Vaccination in Bombay 1856-1862 - 1856-1862
Year: 1856
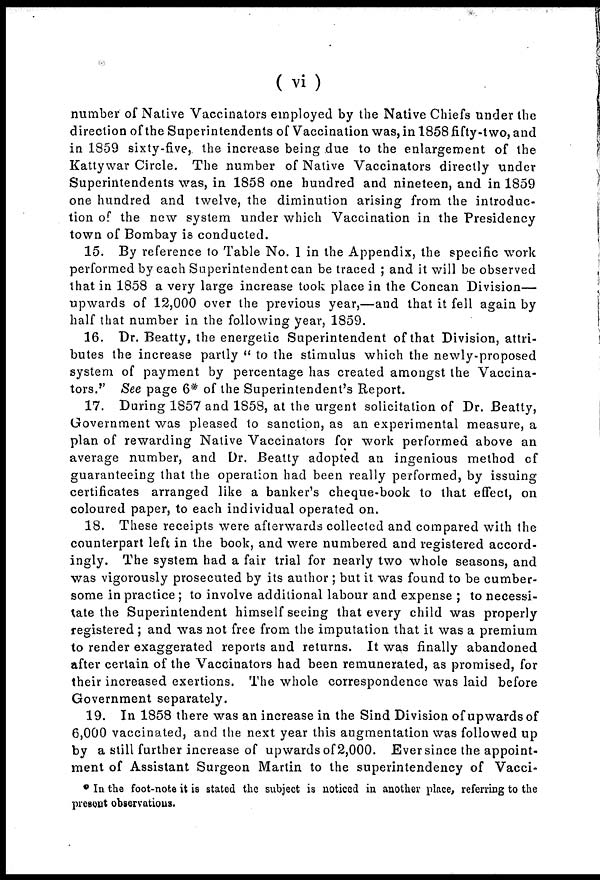
( vi)
number of Native Vaccinators employed by the Native Chiefs under the
direction of the Superintendents of Vaccination was, in 1858 fifty-two, and
in 1859 sixty-five, the increase being due to the enlargement of the
Kattywar Circle. The number of Native Vaccinators directly under
Superintendents was, in 1858 one hundred and nineteen, and in 1859
one hundred and twelve, the diminution arising from the introduc-
tion of the new system under which Vaccination in the Presidency
town of Bombay is conducted.
15. By reference to Table No. 1 in the Appendix, the specific work
performed by each Superintendent can be traced ; and it will be observed
that in 1858 a very large increase took place in the Concan Division—
upwards of 12,000 over the previous year,—and that it fell again by
half that number in the following year, 1859.
16. Dr. Beatty, the energetic Superintendent of that Division, attri-
butes the increase partly " to the stimulus which the newly-proposed
system of payment by percentage has created amongst the Vaccina-
tors.'' See page 6* of the Superintendent's Report.
17. During 1857 and 1858, at the urgent solicitation of Dr. Beatty,
Government was pleased to sanction, as an experimental measure, a
plan of rewarding Native Vaccinators for work performed above an
average number, and Dr. Beatty adopted an ingenious method of
guaranteeing that the operation had been really performed, by issuing
certificates arranged like a banker's cheque-book to that effect, on
coloured paper, to each individual operated on.
18. These receipts were afterwards collected and compared with the
counterpart left in the book, and were numbered and registered accord-
ingly. The system had a fair trial for nearly two whole seasons, and
was vigorously prosecuted by its author ; but it was found to be cumber-
some in practice ; to involve additional labour and expense ; to necessi-
tate the Superintendent himself seeing that every child was properly
registered ; and was not free from the imputation that it was a premium
to render exaggerated reports and returns. It was finally abandoned
after certain of the Vaccinators had been remunerated, as promised, for
their increased exertions. The whole correspondence was laid before
Government separately.
19. In 1858 there was an increase in the Sind Division of upwards of
6,000 vaccinated, and the next year this augmentation was followed up
by a still further increase of upwards of 2,000. Eversince the appoint-
ment of Assistant Surgeon Martin to the superintendency of Vacci¬
* In the foot-note it is stated the subject is noticed in another place, referring to the
present observations.